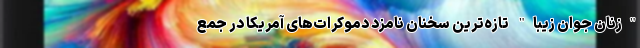
"زنان جوان زیبا" تازه‌ترین سخنان نامزد دموکرات‌های آمریکا در جمع